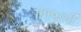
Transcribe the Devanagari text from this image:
॥१५०॥